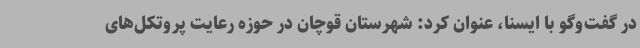
در گفت‌وگو با ایسنا، عنوان کرد: شهرستان قوچان در حوزه رعایت پروتکل‌های